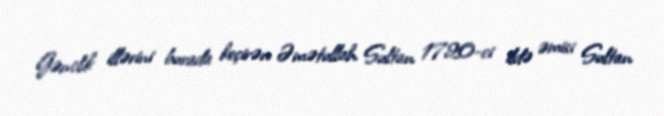
Gənclik illərini burada keçirən Əmətullah Sultan 1720-ci ildə əmisi Sultan